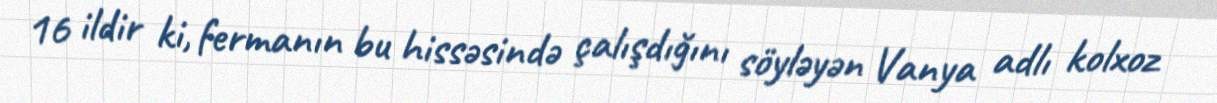
16 ildir ki, fermanın bu hissəsində çalışdığını söyləyən Vanya adlı kolxoz